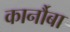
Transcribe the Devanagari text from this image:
कार्नौबा